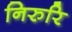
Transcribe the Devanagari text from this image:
निरुरि